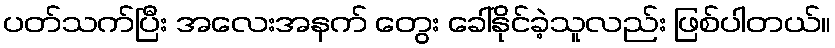
ပတ်သက်ပြီး အလေးအနက် တွေး ခေါ်နိုင်ခဲ့သူလည်း ဖြစ်ပါတယ်။